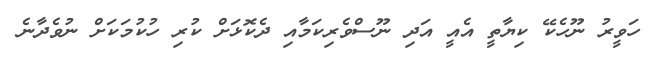
ހަވީރު ނޫހެކޭ ކިޔާތީ އެއީ އަދި ނޫސްވެރިކަމާއި ދެކޮޅަށް ކުރި ހުކުމަކަށް ނުވެދާނެ